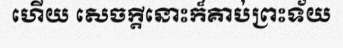
ហើយ សេចក្តីនោះក៏គាប់ព្រះទ័យ